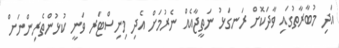
އަދި މުބާރާތުގައި ވާދަކޮށް ރަނގަޅު ނަތީޖާއެއް ނެރުމަށް އެދި މިނިސްޓަރ ވަނީ ކުޅުންތެރިންނަށް